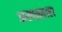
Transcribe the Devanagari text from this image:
अस्पतताल